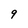
Character: 9